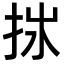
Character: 𢫂